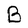
Character: B